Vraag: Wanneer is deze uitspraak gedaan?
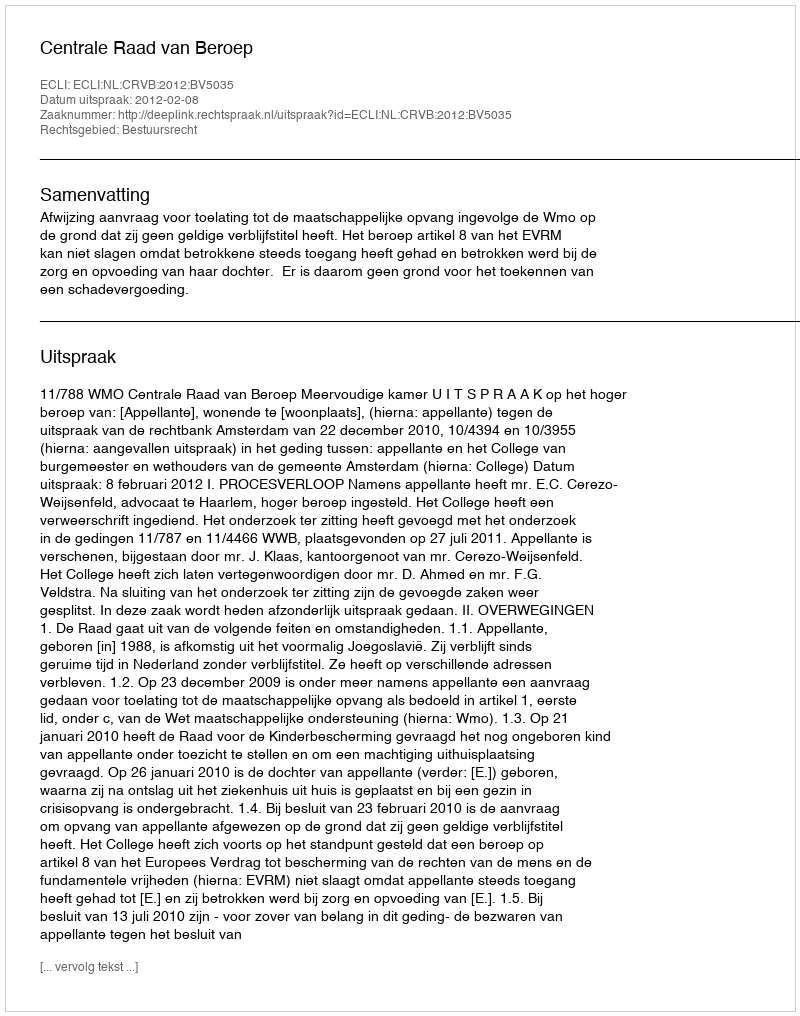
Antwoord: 2012-02-08